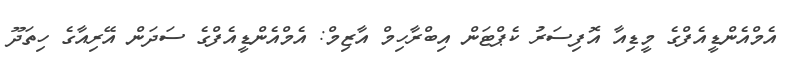
އެމްއެންޑީއެފްގެ މީޑިއާ އޮފިސަރު ކެޕްޓަން އިބްރާހިމް އާޒިމް: އެމްއެންޑީއެފްގެ ސަދަން އޭރިއާގެ ހިތަދޫ